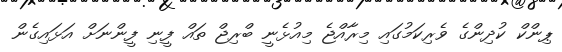
ޕިންކް ކުދިންގެ ވެރިކަމުގައި މިރާއްޖެ މިއުޅެނީ ބްރިޖް ތައް ފީނި ފީންނަށް އަޅައިގެން